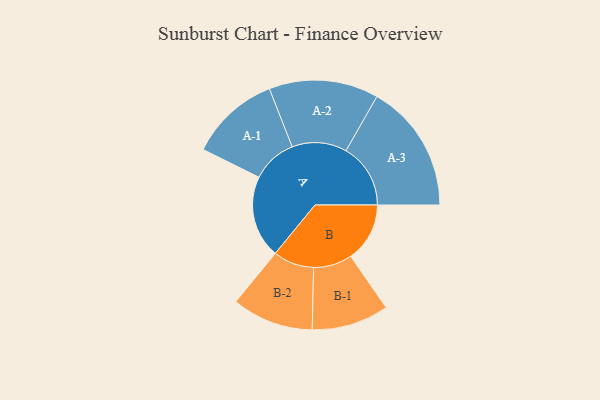
{"axis": {"x": "Segment", "y": "Value"}, "legend": ["", "A", "B"], "data": [{"x": "A", "y": 378, "type": ""}, {"x": "B", "y": 271, "type": ""}, {"x": "A-1", "y": 207, "type": "A"}, {"x": "A-2", "y": 251, "type": "A"}, {"x": "A-3", "y": 296, "type": "A"}, {"x": "B-1", "y": 177, "type": "B"}, {"x": "B-2", "y": 187, "type": "B"}]}